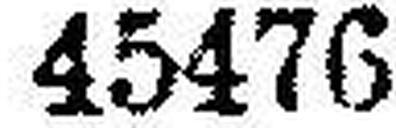
45476